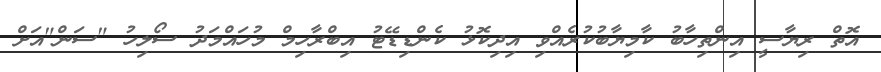
އޮތް ރިޔާސީ އިންތިހާބު ކާމިޔާބުކުރެއްވި އިދިކޮޅު ކެންޑިޑޭޓު އިބްރާހިމް މުހައްމަދު ސޯލިހު "ސަން"އަށް